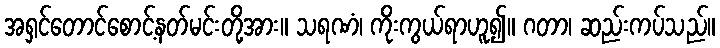
အရှင်တောင်စောင့်နတ်မင်းတို့အား။ သရဏံ၊ ကိုးကွယ်ရာဟူ၍။ ဂတာ၊ ဆည်းကပ်သည်။